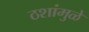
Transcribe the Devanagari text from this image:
ठशांमुळे